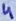
Text: 4